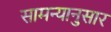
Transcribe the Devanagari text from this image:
सामन्यानुसार